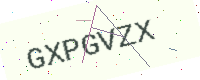
Text: GXPGVZX